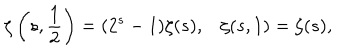
\zeta \left( s , \frac { 1 } { 2 } \right) = ( 2 ^ { s } - 1 ) \zeta ( s ) , \zeta ( s , 1 ) = \zeta ( s ) ,